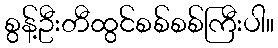
စွန့်ဦးတီထွင်စစ်စစ်ကြီးပါ။